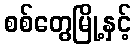
စစ်တွေမြို့နှင့်